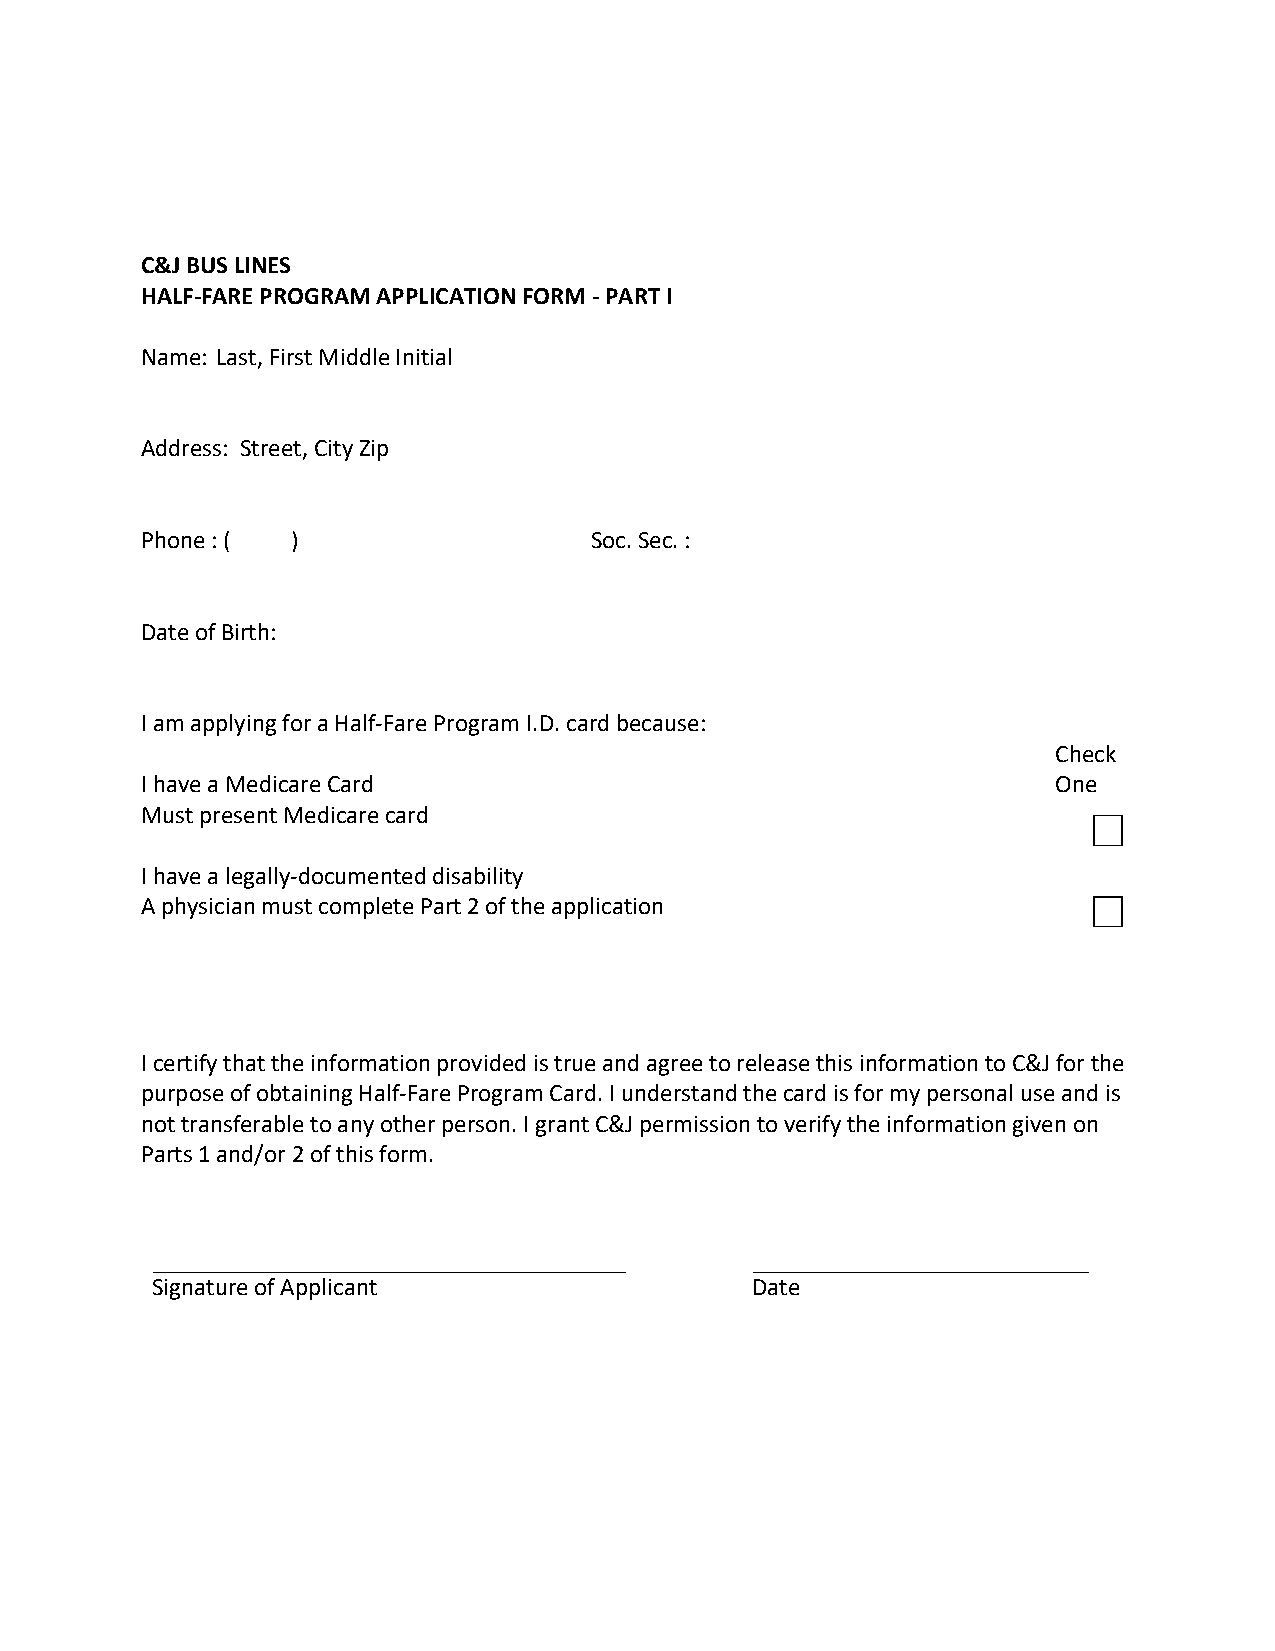
C&J BUS LINES
 HALF-FARE PROGRAM APPLICATION FORM - PART I
 Name: Last, First Middle Initial
 Address: Street, City Zip
 Phone : ( )                   Soc. Sec. :
 Date of Birth:
 I am applying for a Half-Fare Program I.D. card because:
 Check
 I have a Medicare Card                                       One
 Must present Medicare card
 I have a legally-documented disability
 A physician must complete Part 2 of the application
 I certify that the information provided is true and agree to release this information to C&J for the
 purpose of obtaining Half-Fare Program Card. I understand the card is for my personal use and is
 not transferable to any other person. I grant C&J permission to verify the information given on
 Parts 1 and/or 2 of this form.
 Signature of Applicant                  Date